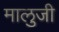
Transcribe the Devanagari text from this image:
मालुजी